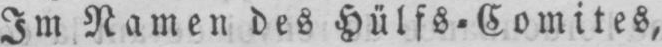
Im Namen des Hülfs-Comites,